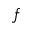
f